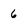
Character: 6